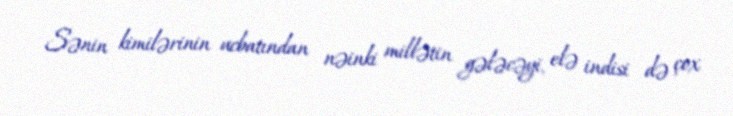
Sənin kimilərinin ucbatından nəinki millətin gələcəyi, elə indisi də çox